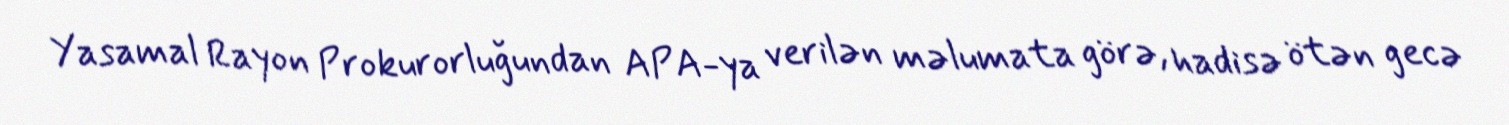
Yasamal Rayon Prokurorluğundan APA-ya verilən məlumata görə, hadisə ötən gecə